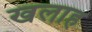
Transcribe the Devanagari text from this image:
खलाह